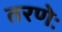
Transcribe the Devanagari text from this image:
तरणेः